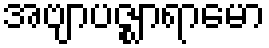
အဗျာပဇ္ဈာရာမော